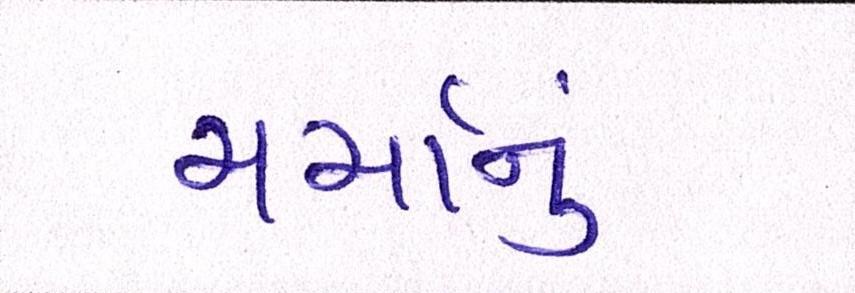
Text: ચર્ચાનું